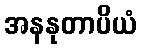
အနနုတာပိယံ